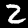
Label: 2